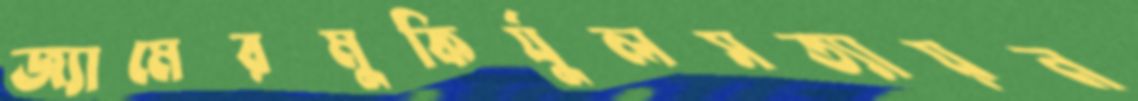
জ্যামেরমুকির্যুলসত্যায়ন